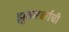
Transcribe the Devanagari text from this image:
झुकरबर्गची